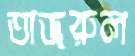
তাজরুল